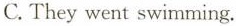
C. They went swimming.